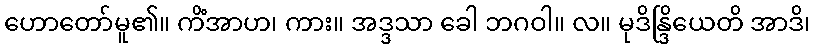
ဟောတော်မူ၏။ ကိံအာဟ၊ ကား။ အဒ္ဒသာ ခေါ ဘဂဝါ။ လ။ မုဒိန္ဒြိယေတိ အာဒိ၊